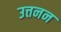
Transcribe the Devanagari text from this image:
उत्तनन